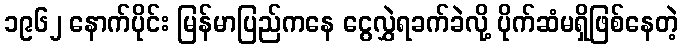
၁၉၆၂ နောက်ပိုင်း မြန်မာပြည်ကနေ ငွေလွှဲရခက်ခဲလို့ ပိုက်ဆံမရှိဖြစ်နေတဲ့